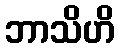
ဘာသိဟိ